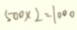
5 0 0 \times 2 = 1 0 0 0